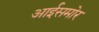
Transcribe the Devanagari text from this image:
आईसमोर